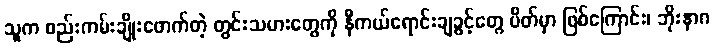
သူက စည်းကမ်းချိုးဖောက်တဲ့ တွင်းသမားတွေကို နီကယ်ရောင်းချခွင့်တွေ ပိတ်မှာ ဖြစ်ကြောင်း၊ ဘိုးနာဂ